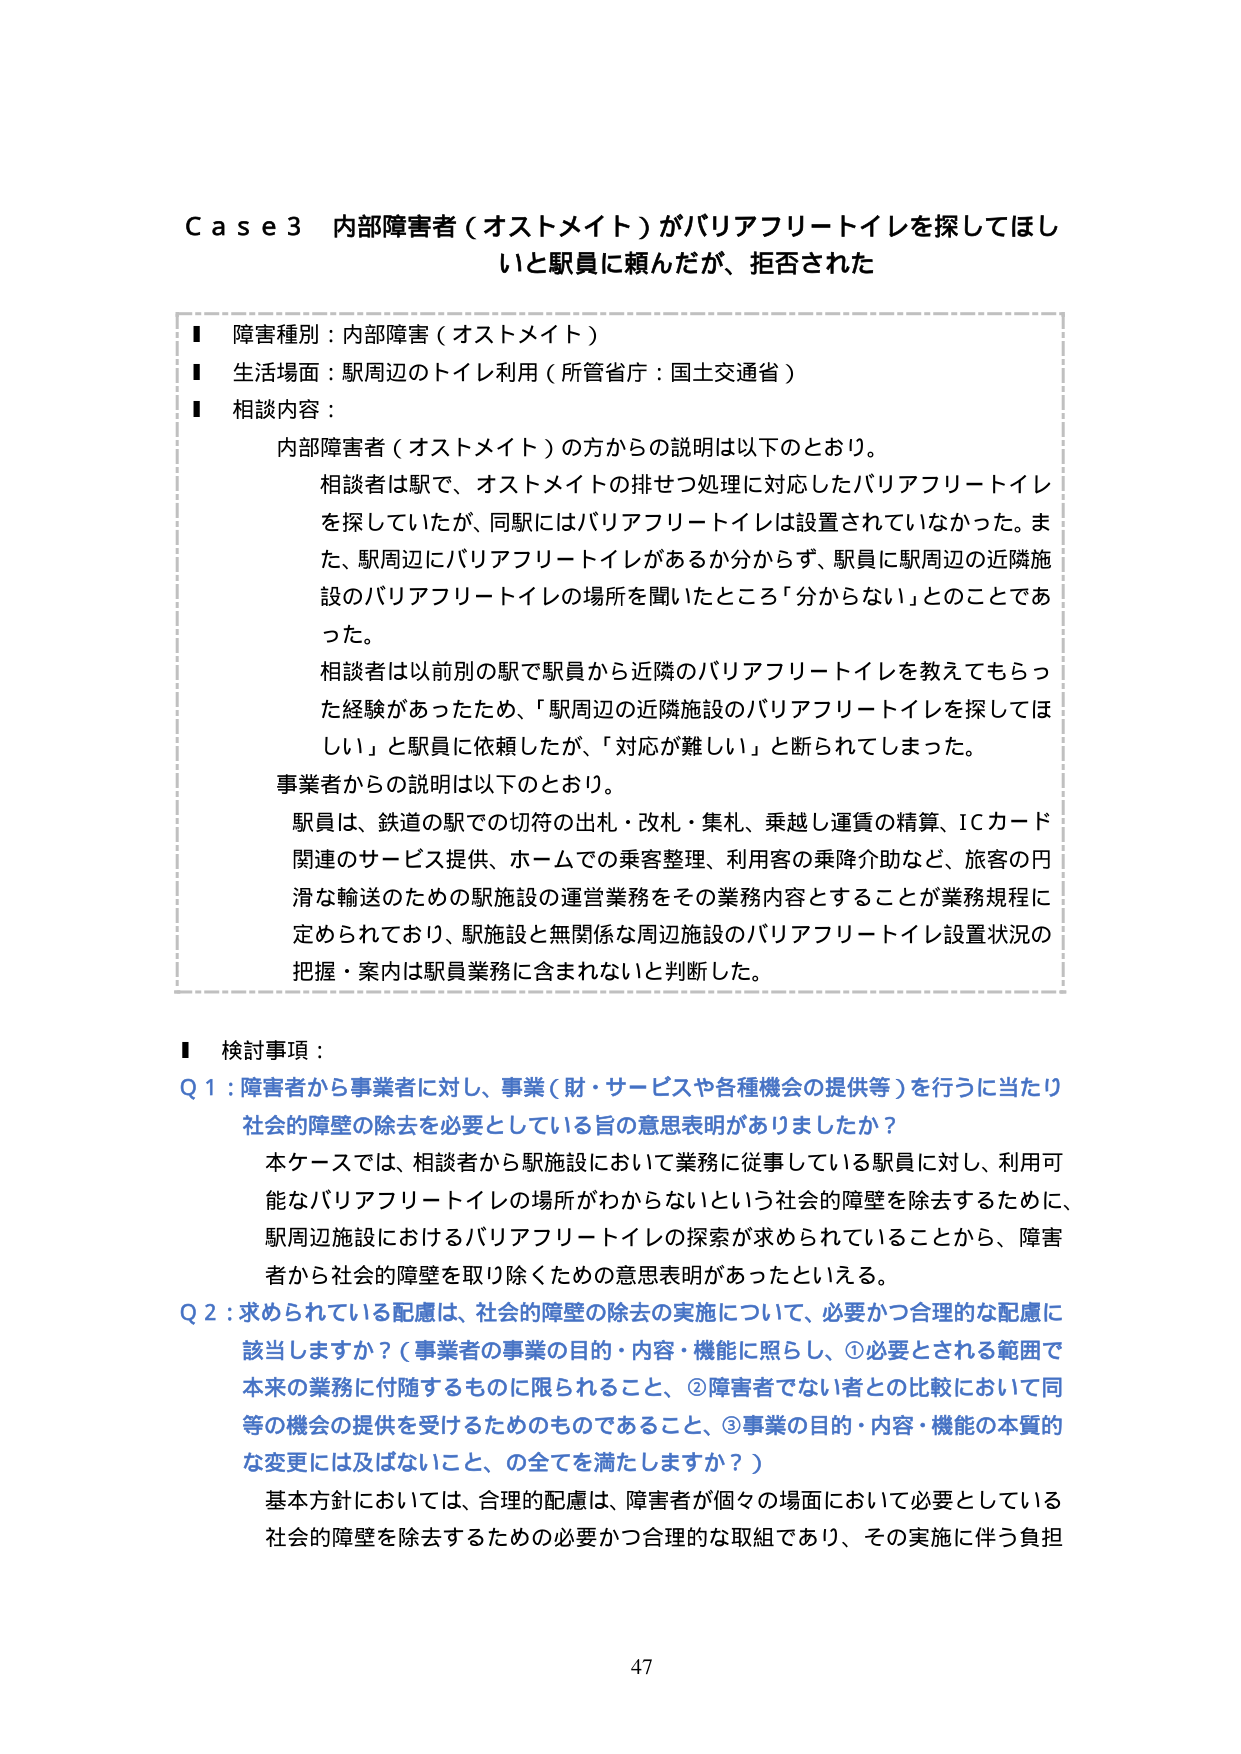
Ｃａｓｅ３ 内部障害者（オストメイト）がバリアフリートイレを探してほしいと駅員に頼んだが、拒否された

■ 障害種別：内部障害（オストメイト）
■ 生活場面：駅周辺のトイレ利用（所管省庁：国土交通省）
■ 相談内容：

　内部障害者（オストメイト）の方からの説明は以下のとおり。
　相談者は駅で、オストメイトの排せつ処理に対応したバリアフリートイレを探していたが、同駅にはバリアフリートイレは設置されていなかった。また、駅周辺にバリアフリートイレがあるか分からず、駅員に駅周辺の近隣施設のバリアフリートイレの場所を聞いたところ「分からない」とのことであった。
　相談者は以前別の駅で駅員から近隣のバリアフリートイレを教えてもらった経験があったため、「駅周辺の近隣施設のバリアフリートイレを探してほしい」と駅員に依頼したが、「対応が難しい」と断られてしまった。

　事業者からの説明は以下のとおり。
　駅員は、鉄道の駅での切符の出札・改札・集札、乗越し運賃の精算、ICカード関連のサービス提供、ホームでの乗客整理、利用客の乗降介助など、旅客の円滑な輸送のための駅施設の運営業務をその業務内容とすることが業務規程に定められており、駅施設と無関係な周辺施設のバリアフリートイレ設置状況の把握・案内は駅員業務に含まれないと判断した。

■ 検討事項：

Ｑ１：障害者から事業者に対し、事業（財・サービスや各種機会の提供等）を行うに当たり社会的障壁の除去を必要としている旨の意思表明がありましたか？
　本ケースでは、相談者から駅施設において業務に従事している駅員に対し、利用可能なバリアフリートイレの場所がわからないという社会的障壁を除去するために、駅周辺施設におけるバリアフリートイレの探索が求められていることから、障害者から社会的障壁を取り除くための意思表明があったといえる。

Ｑ２：求められている配慮は、社会的障壁の除去の実施について、必要かつ合理的な配慮に該当しますか？（事業者の事業の目的・内容・機能に照らし、①必要とされる範囲で本来の業務に付随するものに限られること、②障害者でない者との比較において同等の機会の提供を受けるためのものであること、③事業の目的・内容・機能の本質的な変更には及ばないこと、の全てを満たしますか？）
　基本方針においては、合理的配慮は、障害者が個々の場面において必要としている社会的障壁を除去するための必要かつ合理的な取組であり、その実施に伴う負担

47